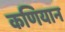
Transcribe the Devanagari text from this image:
कणियान